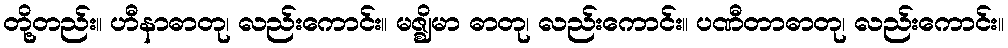
တို့တည်း။ ဟီနာဓာတု၊ လည်းကောင်း။ မဇ္ဈိမာ ဓာတု၊ လည်းကောင်း။ ပဏီတာဓာတု၊ လည်းကောင်း။